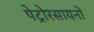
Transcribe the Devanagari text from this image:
पेट्रोरसायनों